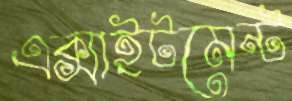
এক্সাইটমেন্ট